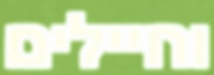
וחיילים